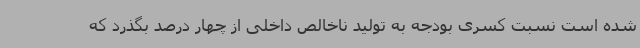
شده است نسبت کسری بودجه به تولید ناخالص داخلی از چهار درصد بگذرد که